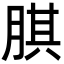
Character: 𦝁